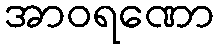
အာဝရဏော